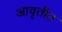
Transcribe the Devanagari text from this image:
आवृतीत